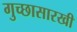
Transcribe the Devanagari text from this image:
गुच्छासारखी